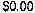
$0.00